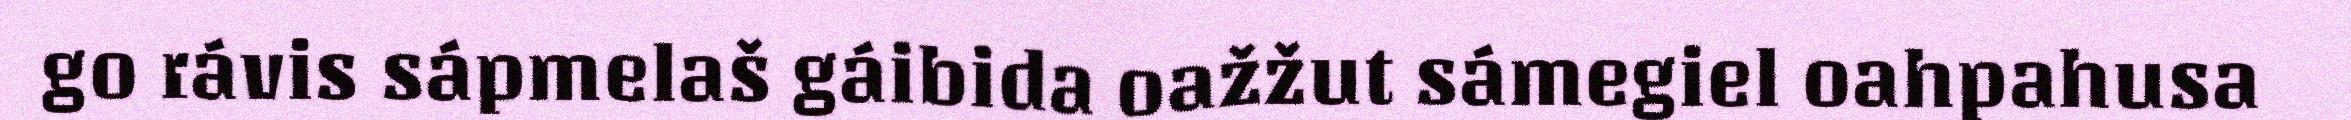
go rávis sápmelaš gáibida oažžut sámegiel oahpahusa